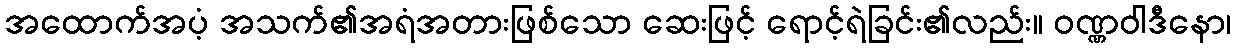
အထောက်အပံ့ အသက်၏အရံအတားဖြစ်သော ဆေးဖြင့် ရောင့်ရဲခြင်း၏လည်း။ ဝဏ္ဏဝါဒီနော၊